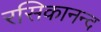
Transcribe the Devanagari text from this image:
रसिकानन्द